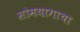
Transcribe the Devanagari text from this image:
सोमयागाचा